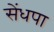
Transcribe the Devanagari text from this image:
सेंधपा